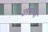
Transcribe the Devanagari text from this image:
उपमन्या